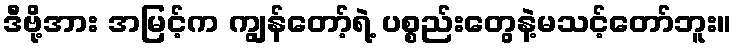
ဒီဗို့အား အမြင့်က ကျွန်တော့်ရဲ့ ပစ္စည်းတွေနဲ့မသင့်တော်ဘူး။